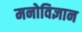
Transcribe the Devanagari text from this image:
मनोविज्ञान